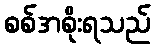
စစ်အစိုးရသည်